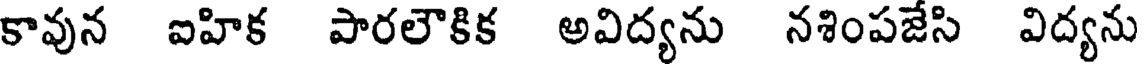
కావున ఐహిక పారలౌకిక అవిద్యను నశింపజేసి విద్యను